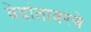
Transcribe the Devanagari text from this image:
वेदांतावरचे